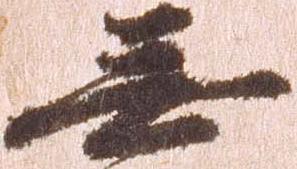
無